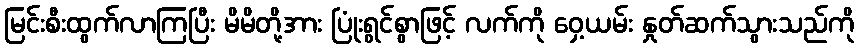
မြင်းစီးထွက်လာကြပြီး မိမိတို့အား ပြုံးရွင်စွာဖြင့် လက်ကို ဝှေ့ယမ်း နှုတ်ဆက်သွားသည်ကို